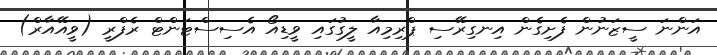
އަންނަ ސީޒަނުން ފެށިގެން އިނގިރޭސި ޕްރިމިއާ ލީގުގައި ވީޑިއޯ އެސިސްޓަންޓް ރެފްރީ (ވީއޭއާރް)